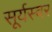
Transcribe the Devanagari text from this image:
सूर्यस्वर